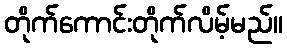
တိုက်ကောင်းတိုက်လိမ့်မည်။